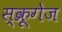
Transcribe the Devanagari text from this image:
स्क्रूगेज